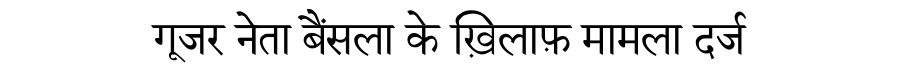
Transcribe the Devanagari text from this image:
गूजर नेता बैंसला के ख़िलाफ़ मामला दर्ज